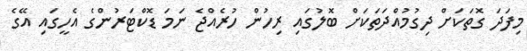
މިފަދަ ގޮތަކަށް ދިގުމުއްދަތަކަށް ބޮލުގައި ރިހުން ހުރެއްޖެ ނަމަ ޑޮކްޓަރުންގެ އެހީގައި އޭގެ